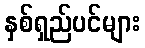
နှစ်ရှည်ပင်များ